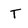
Character: T